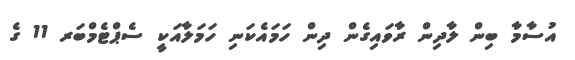
އުސާމާ ބިން ލާދިން ރާވައިގެން ދިން ހަމައެކަނި ހަމަލާއަކީ ސެޕްޓެމްބަރ 11 ގެ